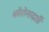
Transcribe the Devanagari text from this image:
कोरोनादर्शी